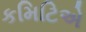
કમિટિએ